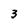
Character: 3